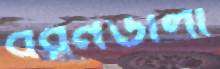
বরনডালী